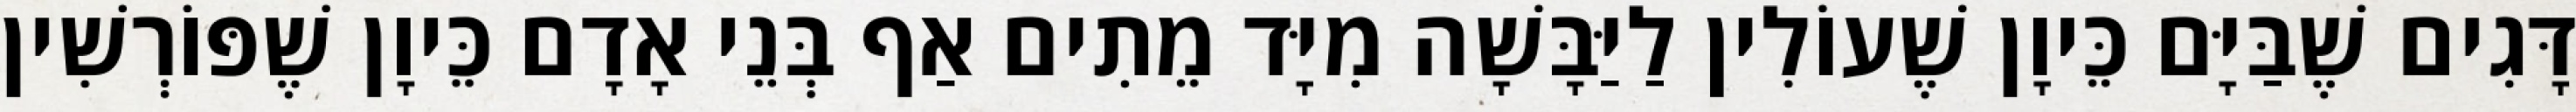
דָּגִים שֶׁבַּיָּם כֵּיוָן שֶׁעוֹלִין לַיַּבָּשָׁה מִיָּד מֵתִים אַף בְּנֵי אָדָם כֵּיוָן שֶׁפּוֹרְשִׁין